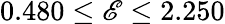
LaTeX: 0.480\leq\mathscr{E}\leq2.250